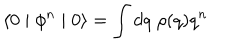
\langle 0 \mid \phi ^ { n } \mid 0 \rangle = \int d q \; \rho ( q ) q ^ { n }